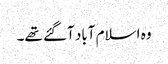
وہ اسلام آباد آگئے تھے۔